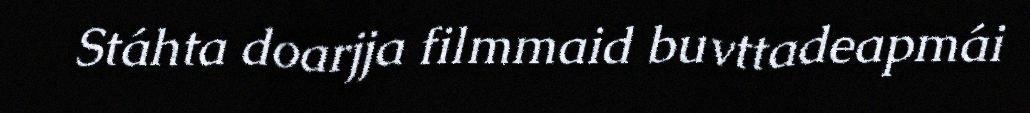
Stáhta doarjja filmmaid buvttadeapmái